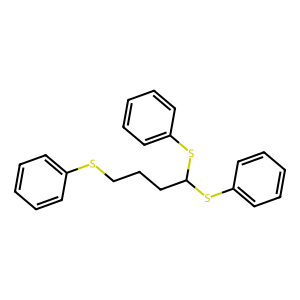
SMILES: c1ccc(SCCCC(Sc2ccccc2)Sc2ccccc2)cc1
Inhibits HIV replication: No